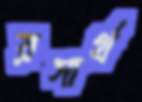
রসার্থ